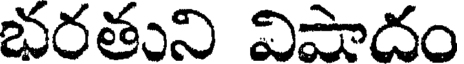
భరతుని విపాదం